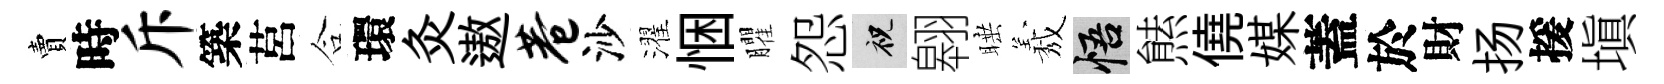
賣時斥築莒合環灸遨巷沙濯悃臞怨祝翱睡𦏁悟㷱僥媒蓋於財扬援塡